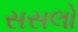
સસલો